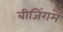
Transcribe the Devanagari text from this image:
बीजिंगमें